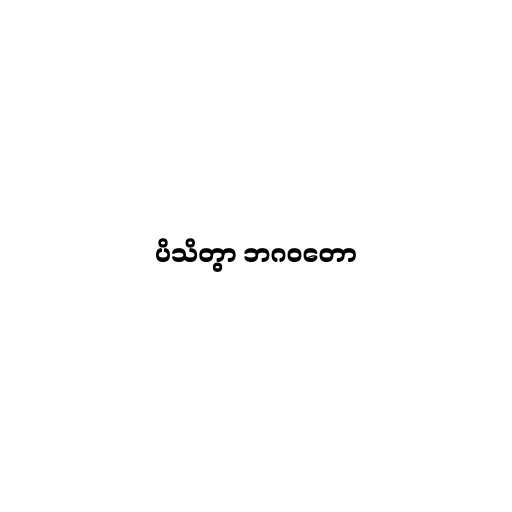
ပိသိတွာ ဘဂဝတော